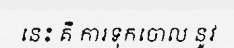
នេះ គឺ ការទុកចោល នូវ